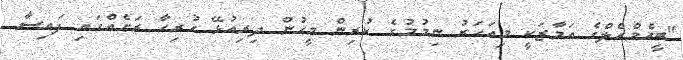
"ބީއެމްއެލްގެ އަމާޒަކީ މިއަހަރު ނިމުމުގެ ކުރިން މީހުން ދިރިއުޅޭ ހުރިހާ ރަށެއްގައި ފައިސާ